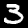
Digit: 3